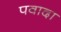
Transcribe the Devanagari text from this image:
पवादा